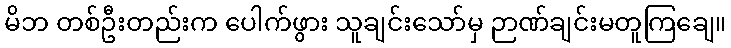
မိဘ တစ်ဦးတည်းက ပေါက်ဖွား သူချင်းသော်မှ ဉာဏ်ချင်းမတူကြချေ။